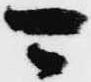
可